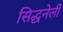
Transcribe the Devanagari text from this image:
सिद्धनेर्ली